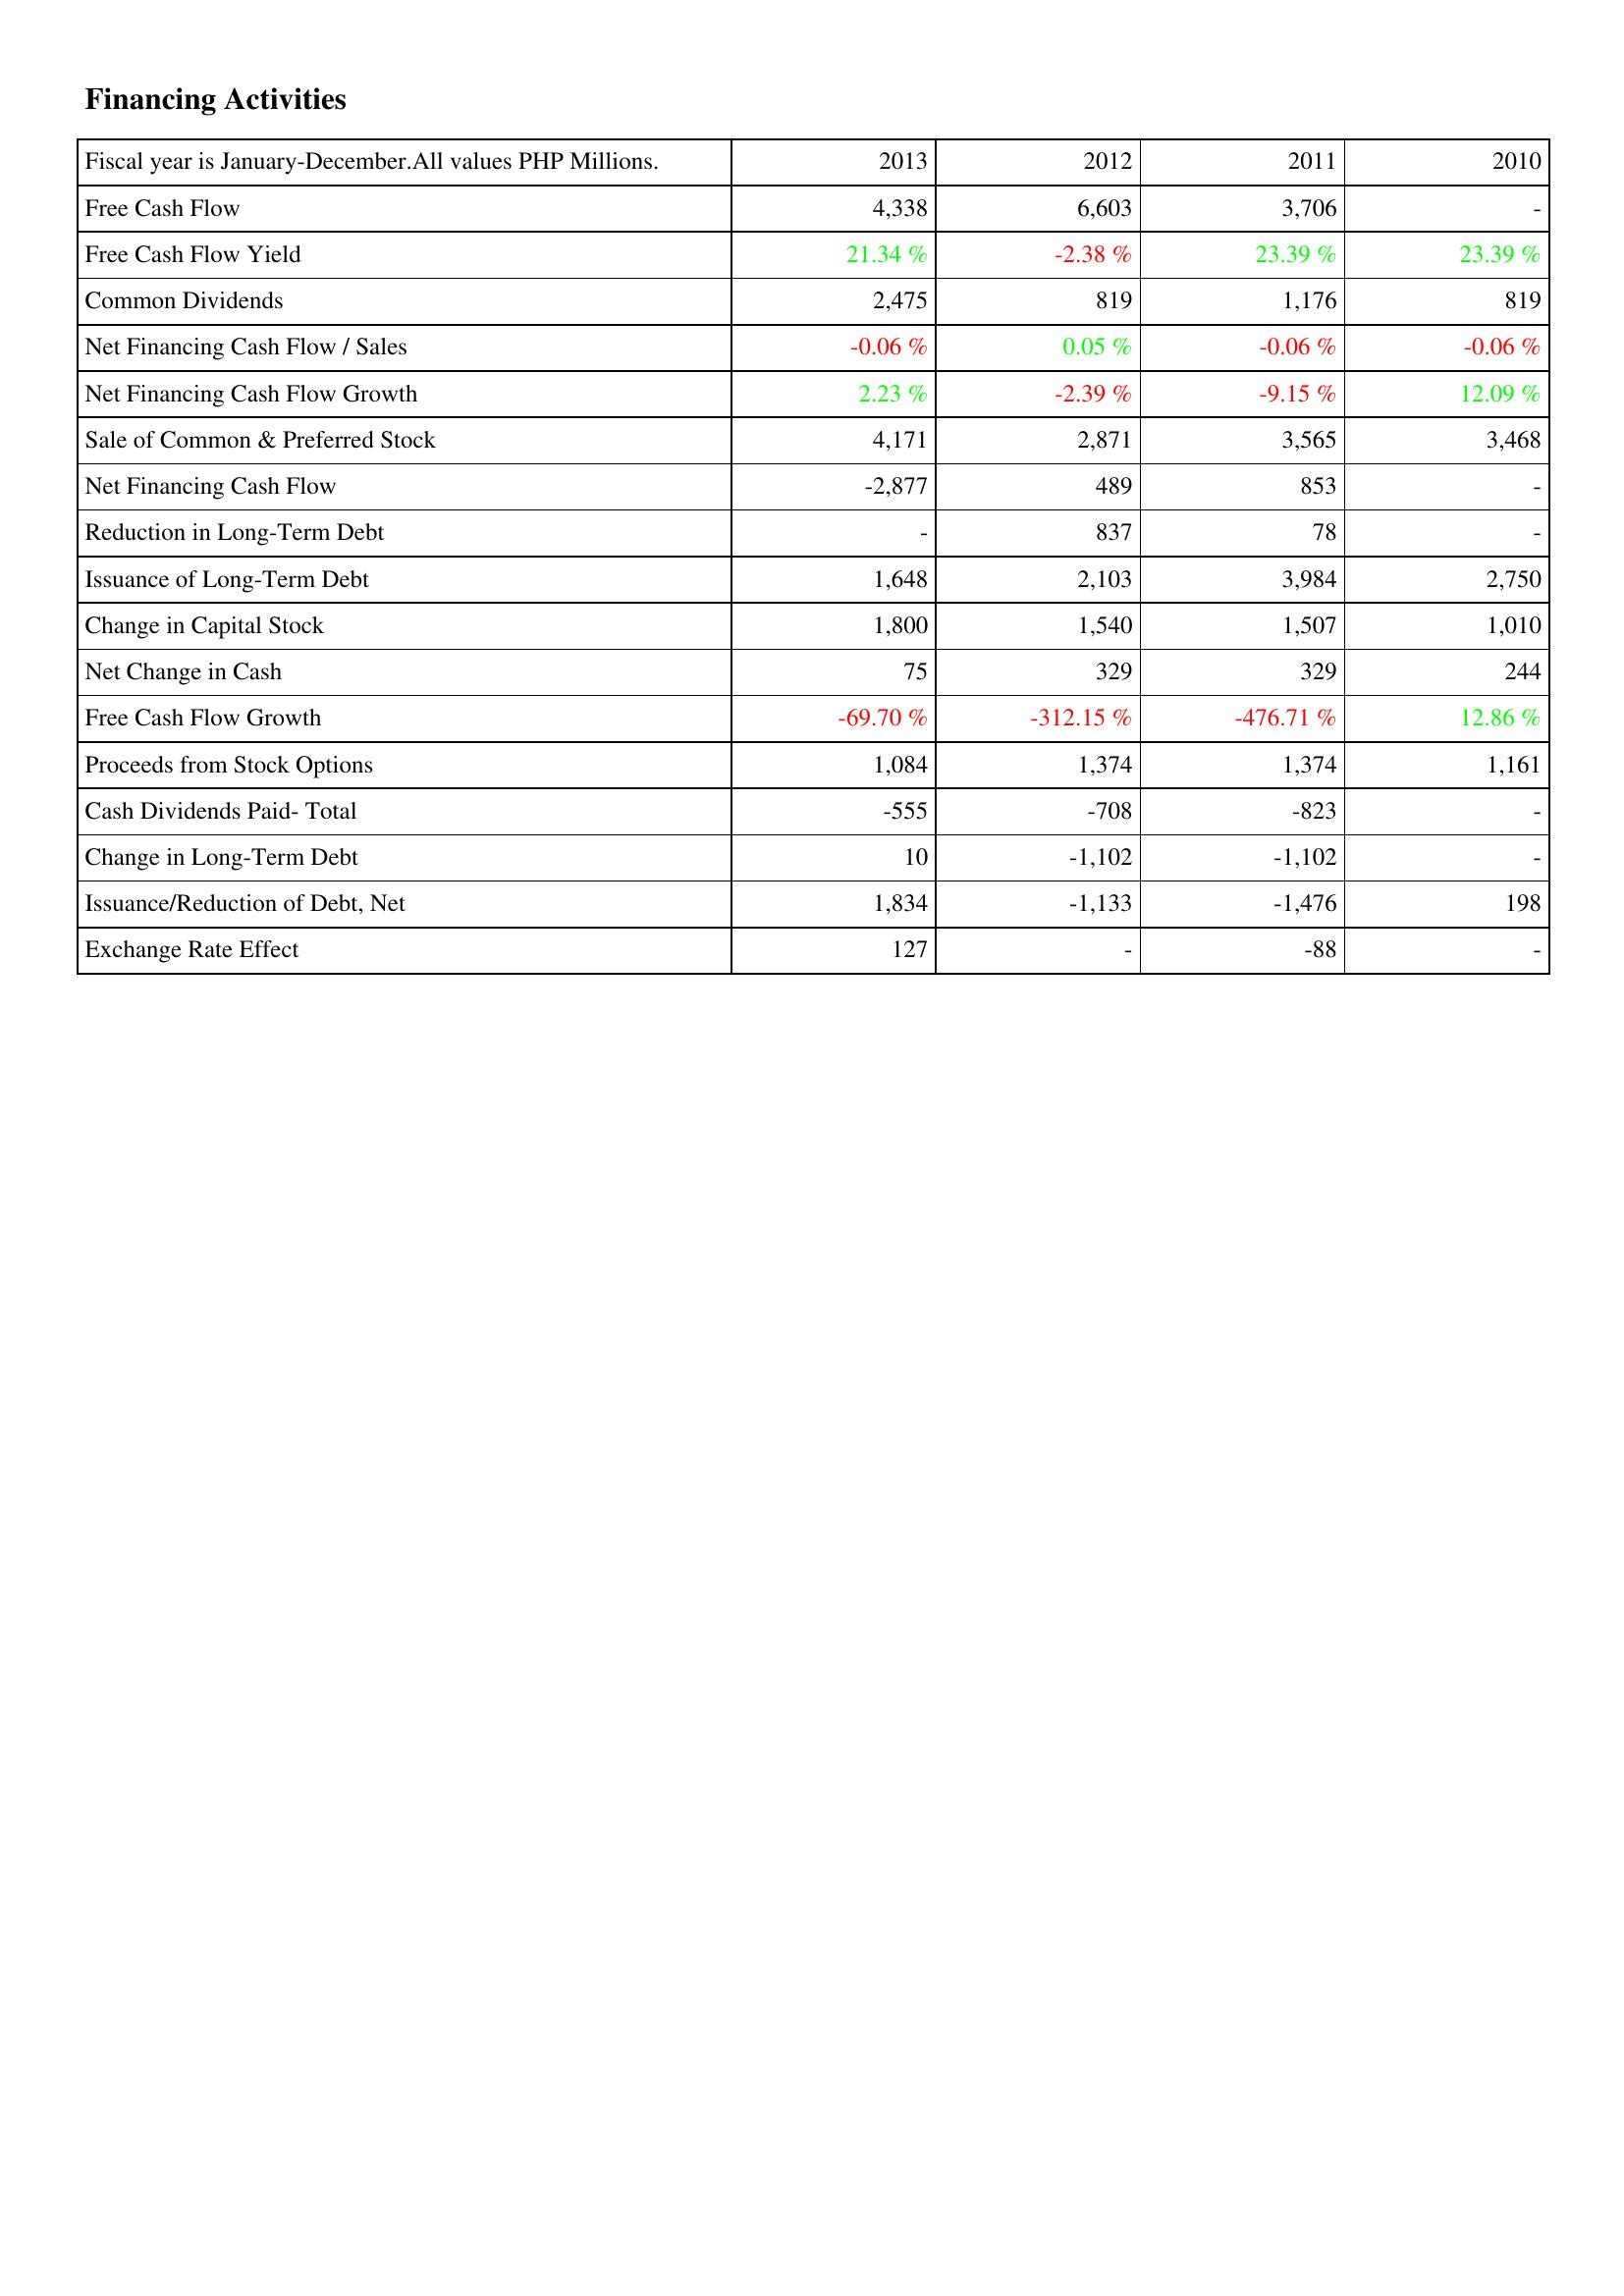
2013: Financing Activities: Free Cash Flow: 4,338
Free Cash Flow Yield: 21.34 %
Common Dividends: 2,475
Net Financing Cash Flow / Sales: -0.06 %
Net Financing Cash Flow Growth: 2.23 %
Sale of Common & Preferred Stock: 4,171
Net Financing Cash Flow: -2,877
Reduction in Long-Term Debt: -
Issuance of Long-Term Debt: 1,648
Change in Capital Stock: 1,800
Net Change in Cash: 75
Free Cash Flow Growth: -69.70 %
Proceeds from Stock Options: 1,084
Cash Dividends Paid- Total: -555
Change in Long-Term Debt: 10
Issuance/Reduction of Debt, Net: 1,834
Exchange Rate Effect: 127
2012: Financing Activities: Free Cash Flow: 6,603
Free Cash Flow Yield: -2.38 %
Common Dividends: 819
Net Financing Cash Flow / Sales: 0.05 %
Net Financing Cash Flow Growth: -2.39 %
Sale of Common & Preferred Stock: 2,871
Net Financing Cash Flow: 489
Reduction in Long-Term Debt: 837
Issuance of Long-Term Debt: 2,103
Change in Capital Stock: 1,540
Net Change in Cash: 329
Free Cash Flow Growth: -312.15 %
Proceeds from Stock Options: 1,374
Cash Dividends Paid- Total: -708
Change in Long-Term Debt: -1,102
Issuance/Reduction of Debt, Net: -1,133
Exchange Rate Effect: -
2011: Financing Activities: Free Cash Flow: 3,706
Free Cash Flow Yield: 23.39 %
Common Dividends: 1,176
Net Financing Cash Flow / Sales: -0.06 %
Net Financing Cash Flow Growth: -9.15 %
Sale of Common & Preferred Stock: 3,565
Net Financing Cash Flow: 853
Reduction in Long-Term Debt: 78
Issuance of Long-Term Debt: 3,984
Change in Capital Stock: 1,507
Net Change in Cash: 329
Free Cash Flow Growth: -476.71 %
Proceeds from Stock Options: 1,374
Cash Dividends Paid- Total: -823
Change in Long-Term Debt: -1,102
Issuance/Reduction of Debt, Net: -1,476
Exchange Rate Effect: -88
2010: Financing Activities: Free Cash Flow: -
Free Cash Flow Yield: 23.39 %
Common Dividends: 819
Net Financing Cash Flow / Sales: -0.06 %
Net Financing Cash Flow Growth: 12.09 %
Sale of Common & Preferred Stock: 3,468
Net Financing Cash Flow: -
Reduction in Long-Term Debt: -
Issuance of Long-Term Debt: 2,750
Change in Capital Stock: 1,010
Net Change in Cash: 244
Free Cash Flow Growth: 12.86 %
Proceeds from Stock Options: 1,161
Cash Dividends Paid- Total: -
Change in Long-Term Debt: -
Issuance/Reduction of Debt, Net: 198
Exchange Rate Effect: -